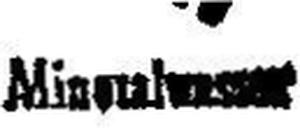
Miness###